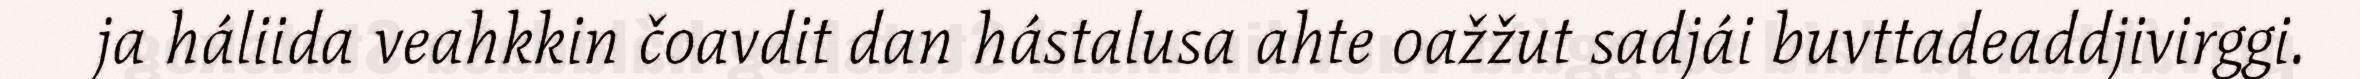
ja háliida veahkkin čoavdit dan hástalusa ahte oažžut sadjái buvttadeaddjivirggi.